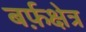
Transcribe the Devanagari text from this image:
बर्फ़क्षेत्र